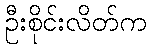
ဦးစိုင်းလိတ်က